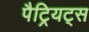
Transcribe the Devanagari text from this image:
पैट्रियट्स